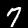
Label: 7